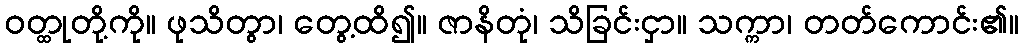
ဝတ္ထုတို့ကို။ ဖုသိတွာ၊ တွေ့ထိ၍။ ဇာနိတုံ၊ သိခြင်းငှာ။ သက္ကာ၊ တတ်ကောင်း၏။